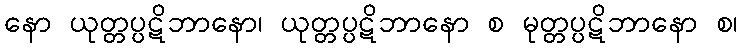
နော ယုတ္တပ္ပဋိဘာနော၊ ယုတ္တပ္ပဋိဘာနော စ မုတ္တပ္ပဋိဘာနော စ၊